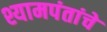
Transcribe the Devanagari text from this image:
श्यामपंतांचे